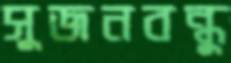
সুজনবন্ধু